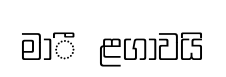
මාීළගාවයි